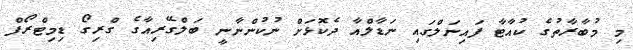
މި މުބާރާތުގެ ކުއާޓާ ފައިނަލްގައި ނަޑާލްއާ ދެކޮޅަށް ނުކުންނާނީ ބަލްގޭރިއާގެ ގްރިގޯ ޑިމިޓްރޯފް